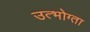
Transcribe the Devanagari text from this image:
उत्भोग्ता